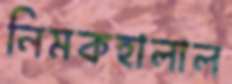
নিমকহালাল